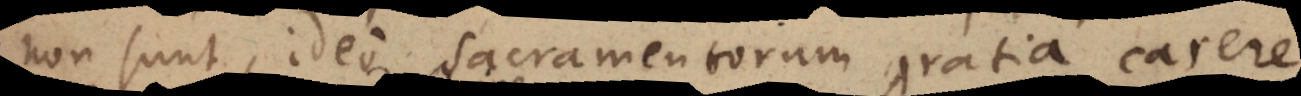
non sunt, ideo Sacramentorum gratia carere